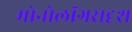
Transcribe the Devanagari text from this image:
मोनोलॉगसदृश